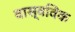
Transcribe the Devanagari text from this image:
वास्वविक